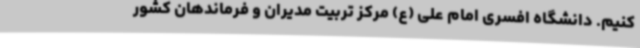
کنیم. دانشگاه افسری امام علی (ع) مرکز تربیت مدیران و فرماندهان کشور